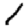
Digit: 1